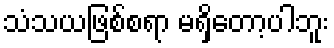
သံသယဖြစ်စရာ မရှိတော့ပါဘူး